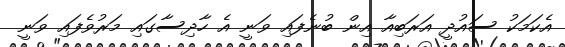
އެކަމަކު ސައުދީ އަރަބިއާ އިން ބުނެފައި ވަނީ އެ ހާދިސާގައި މަރުވެފައި ވަނީ